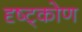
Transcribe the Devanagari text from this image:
दृष्ट्कोण